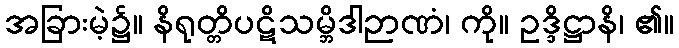
အခြားမဲ့၌။ နိရုတ္တိပဋိသမ္ဘိဒါဉာဏံ၊ ကို။ ဥဒ္ဒိဋ္ဌာနိ၊ ၏။